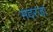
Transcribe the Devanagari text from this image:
मदरजा